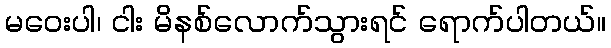
မဝေးပါ၊ ငါး မိနစ်လောက်သွားရင် ရောက်ပါတယ်။